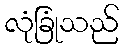
လုံခြုံသည်